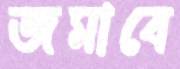
জমাবে